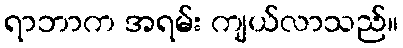
ရာဘာက အရမ်း ကျယ်လာသည်။